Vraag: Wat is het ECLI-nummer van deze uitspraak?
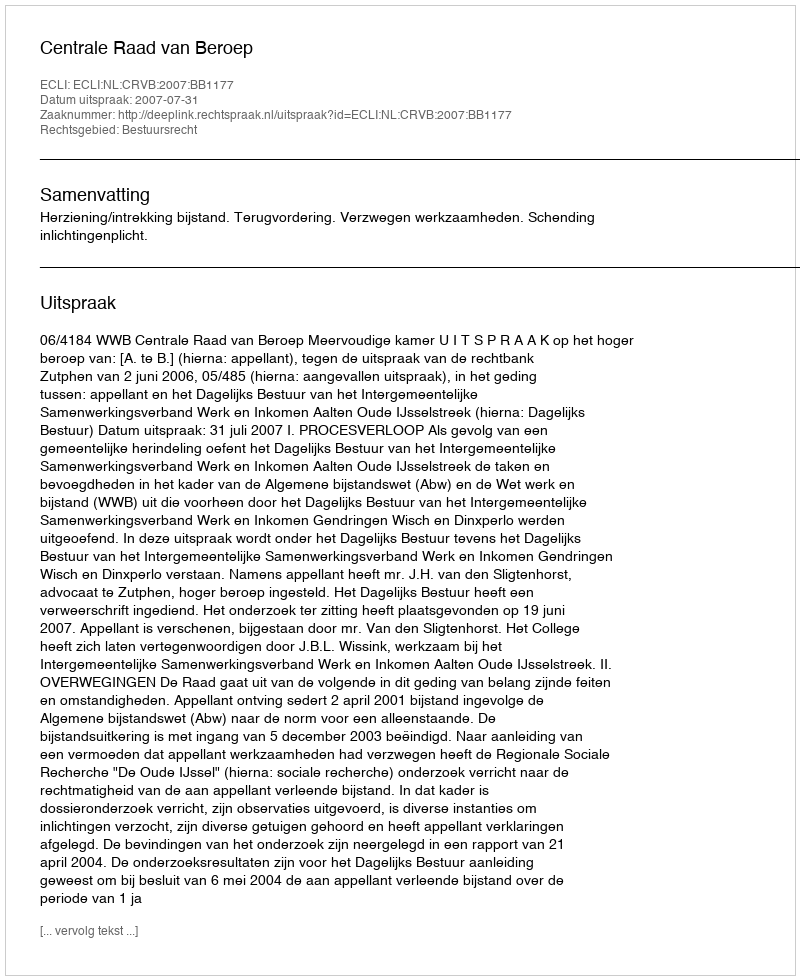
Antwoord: ECLI:NL:CRVB:2007:BB1177